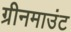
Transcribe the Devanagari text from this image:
ग्रीनमाउंट